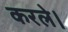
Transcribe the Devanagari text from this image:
करले।